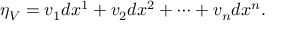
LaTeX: \eta _ { V } = v _ { 1 } d x ^ { 1 } + v _ { 2 } d x ^ { 2 } + \cdots + v _ { n } d x ^ { n } .